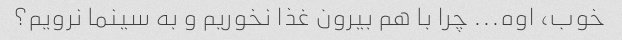
خوب، اوه... چرا با هم بیرون غذا نخوریم و به سینما نرویم؟